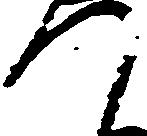
つ